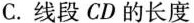
C.线段CD的长度